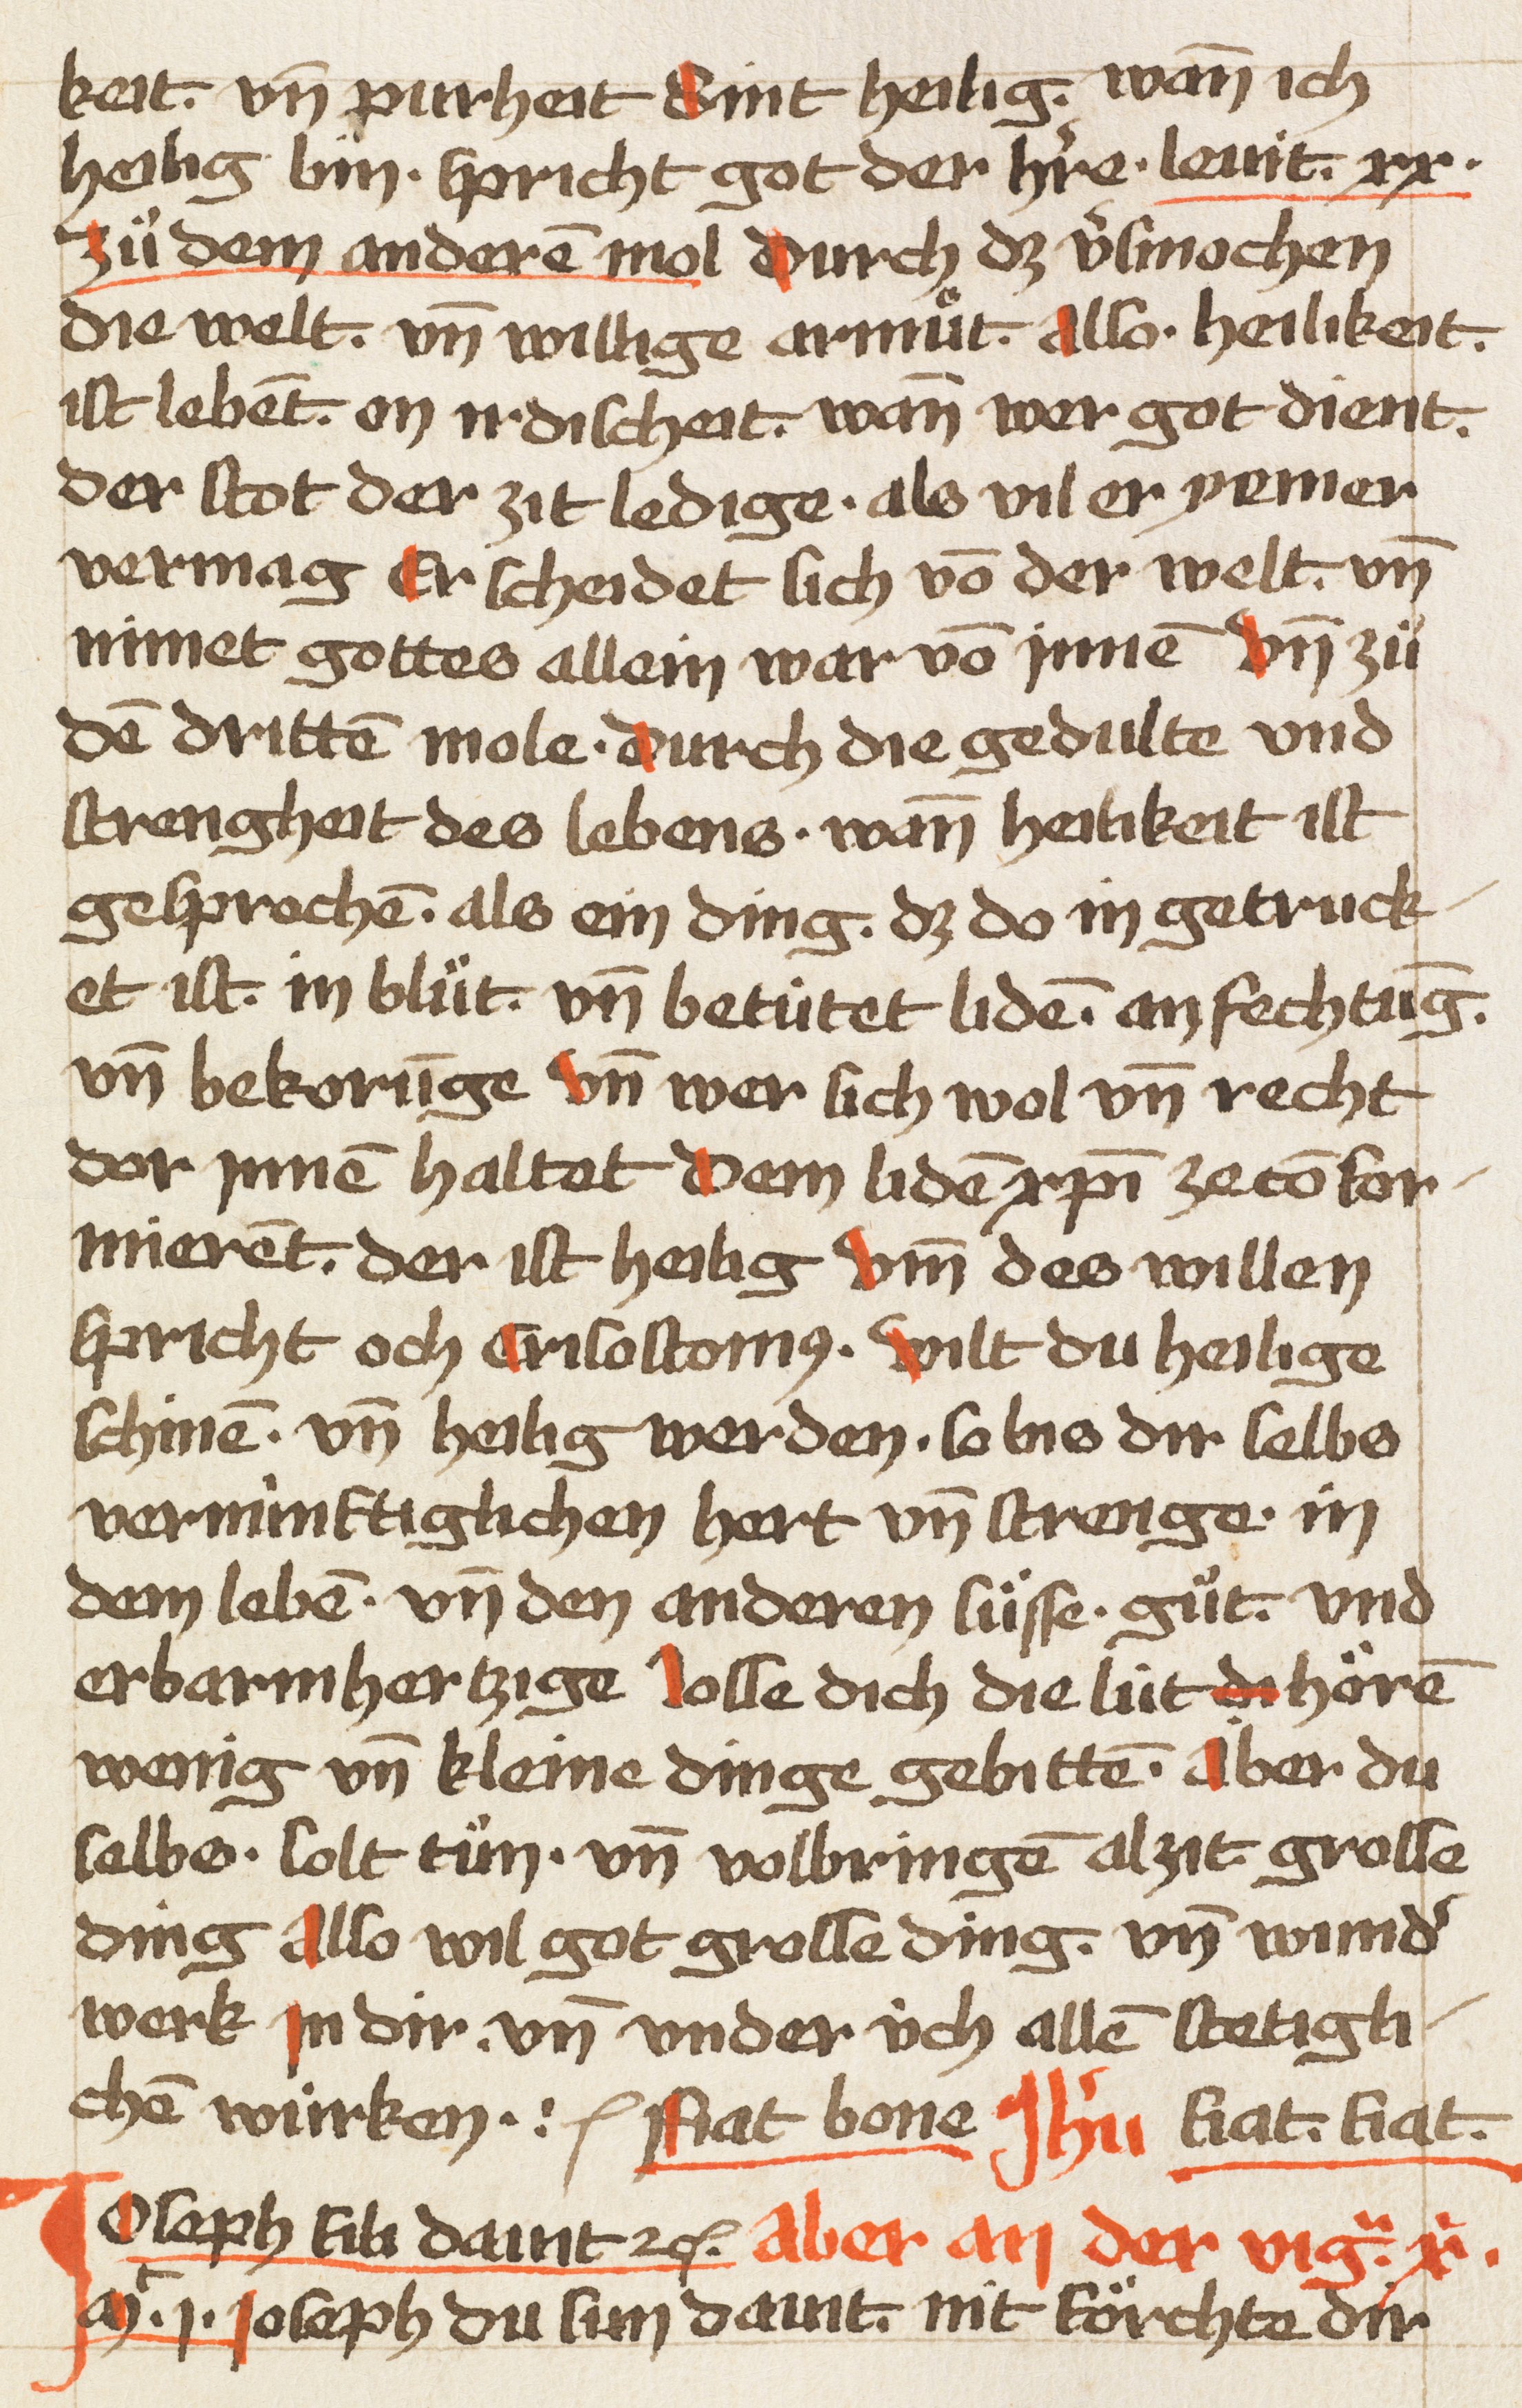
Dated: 1470–1480